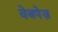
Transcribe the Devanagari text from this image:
वेबपेज़